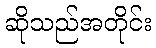
ဆိုသည်အတိုင်း